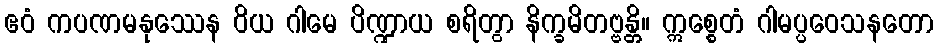
ဧဝံ ကပဏမနုဿေန ဝိယ ဂါမေ ပိဏ္ဍာယ စရိတွာ နိက္ခမိတဗ္ဗန္တိ။ ဣစ္စေတံ ဂါမပ္ပဝေသနတော